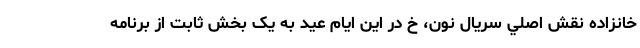
خانزاده نقش اصلي سريال نون، خ در اين ايام عيد به يک بخش ثابت از برنامه